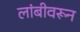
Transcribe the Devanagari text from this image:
लांबीवरून